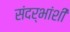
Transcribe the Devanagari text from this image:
संदर्भांशी